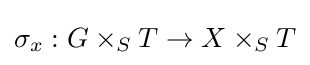
\sigma _{x}:G\times _{S}T\to X\times _{S}T